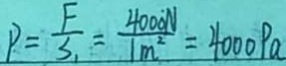
P = \frac { F } { S _ { 1 } } = \frac { 4 0 0 0 N } { 1 m ^ { 2 } } = 4 0 0 0 P a